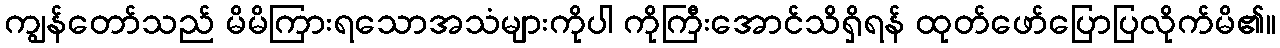
ကျွန်တော်သည် မိမိကြားရသောအသံများကိုပါ ကိုကြီးအောင်သိရှိရန် ထုတ်ဖော်ပြောပြလိုက်မိ၏။